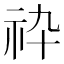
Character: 𥘧